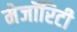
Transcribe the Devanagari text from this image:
मेजॉरिटी